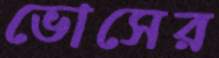
ভোসের